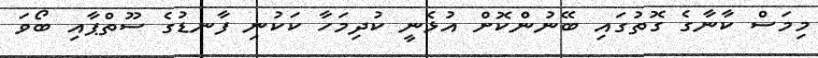
މިމަސް ކާނާގެ ގޮތުގައި ބޭނުންކޮށް އުޅެނީ ކުދިމަހާ ކަކުނި ފާނޑުގެ ސޫތްޕާއި ބޯވަ